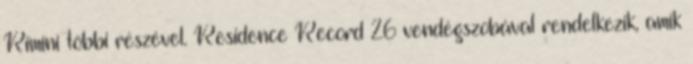
Rimini többi részével. Residence Record 26 vendégszobával rendelkezik, amik